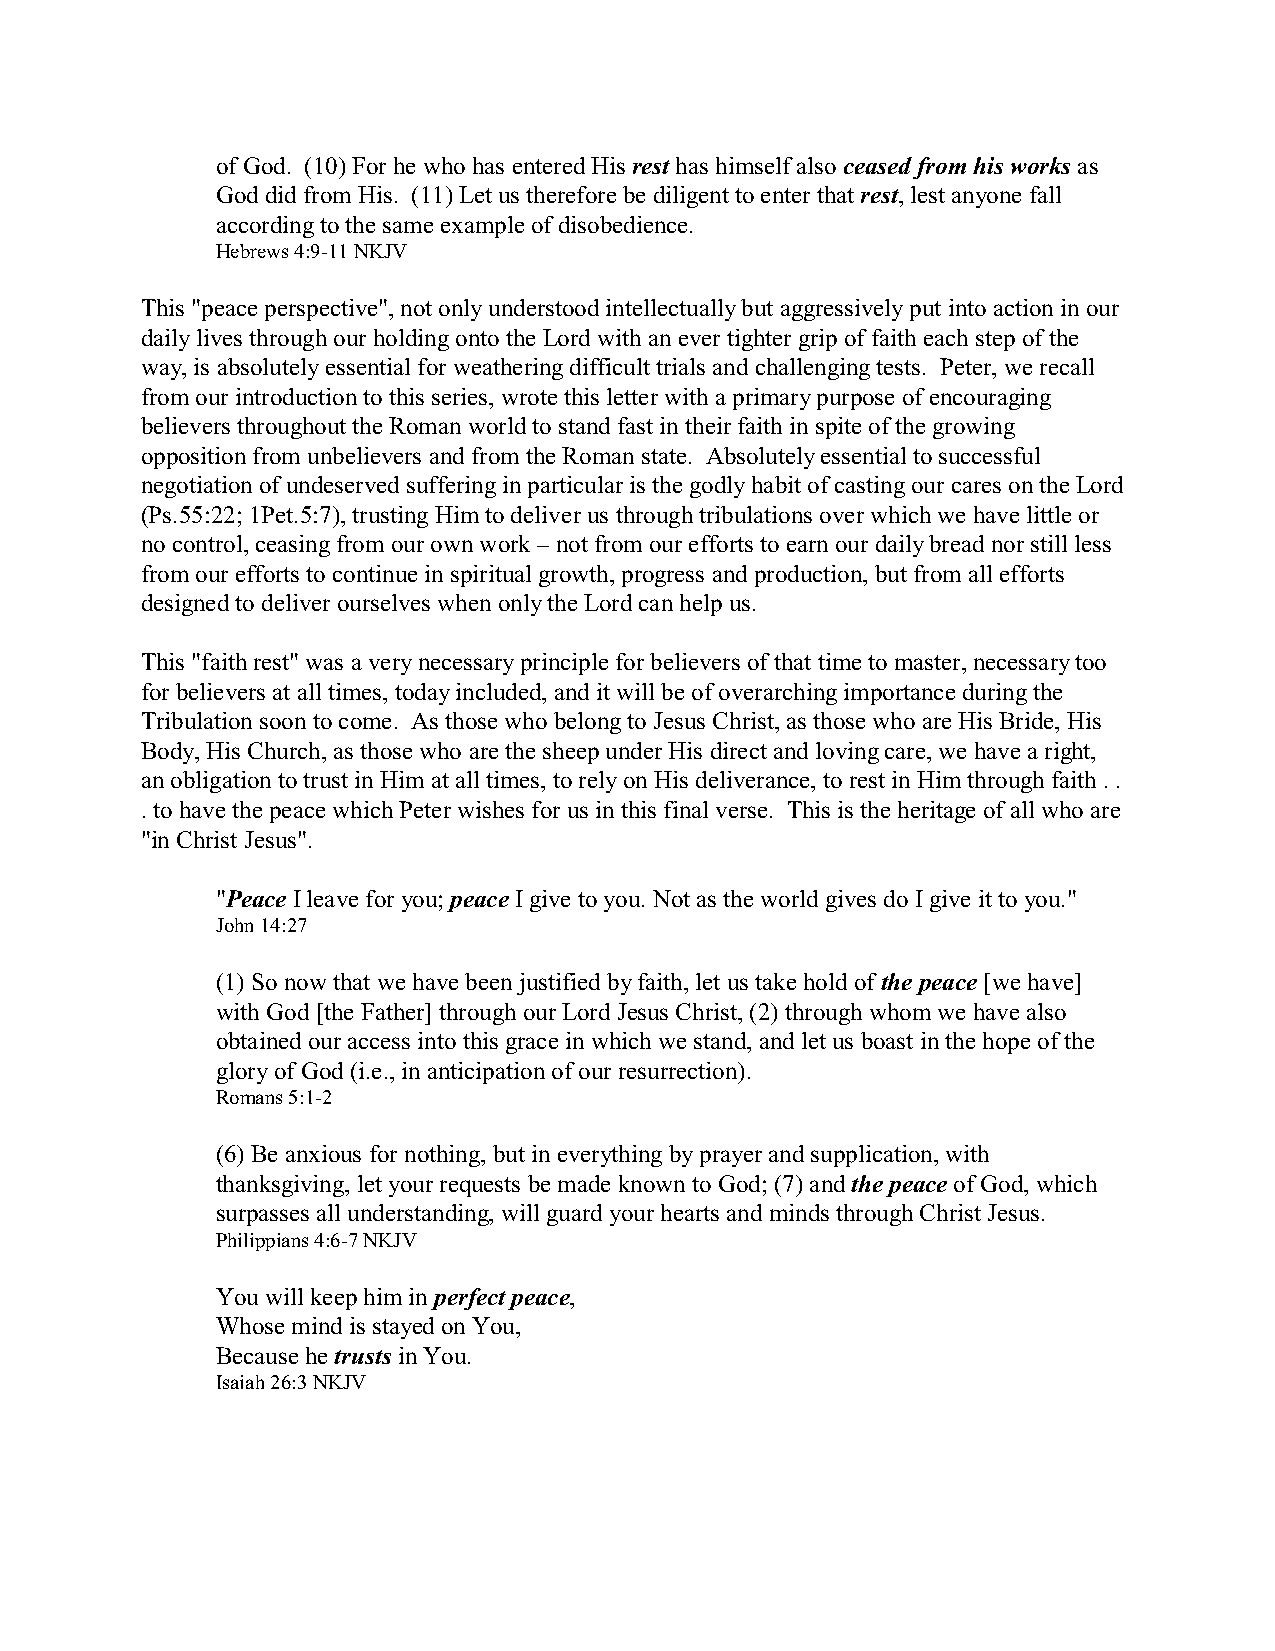
of God. (10) For he who has entered His rest has himself also ceased from his works as
 God did from His. (11) Let us therefore be diligent to enter that rest, lest anyone fall
 according to the same example of disobedience.
 Hebrews 4:9-11 NKJV
 This "peace perspective", not only understood intellectually but aggressively put into action in our
 daily lives through our holding onto the Lord with an ever tighter grip of faith each step of the
 way, is absolutely essential for weathering difficult trials and challenging tests. Peter, we recall
 from our introduction to this series, wrote this letter with a primary purpose of encouraging
 believers throughout the Roman world to stand fast in their faith in spite of the growing
 opposition from unbelievers and from the Roman state. Absolutely essential to successful
 negotiation of undeserved suffering in particular is the godly habit of casting our cares on the Lord
 (Ps.55:22; 1Pet.5:7), trusting Him to deliver us through tribulations over which we have little or
 no control, ceasing from our own work – not from our efforts to earn our daily bread nor still less
 from our efforts to continue in spiritual growth, progress and production, but from all efforts
 designed to deliver ourselves when only the Lord can help us.
 This "faith rest" was a very necessary principle for believers of that time to master, necessary too
 for believers at all times, today included, and it will be of overarching importance during the
 Tribulation soon to come. As those who belong to Jesus Christ, as those who are His Bride, His
 Body, His Church, as those who are the sheep under His direct and loving care, we have a right,
 an obligation to trust in Him at all times, to rely on His deliverance, to rest in Him through faith . .
 . to have the peace which Peter wishes for us in this final verse. This is the heritage of all who are
 "in Christ Jesus".
 "Peace I leave for you; peace I give to you. Not as the world gives do I give it to you."
 John 14:27
 (1) So now that we have been justified by faith, let us take hold of the peace [we have]
 with God [the Father] through our Lord Jesus Christ, (2) through whom we have also
 obtained our access into this grace in which we stand, and let us boast in the hope of the
 glory of God (i.e., in anticipation of our resurrection).
 Romans 5:1-2
 (6) Be anxious for nothing, but in everything by prayer and supplication, with
 thanksgiving, let your requests be made known to God; (7) and the peace of God, which
 surpasses all understanding, will guard your hearts and minds through Christ Jesus.
 Philippians 4:6-7 NKJV
 You will keep him in perfect peace,
 Whose mind is stayed on You,
 Because he trusts in You.
 Isaiah 26:3 NKJV